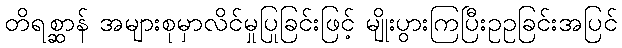
တိရစ္ဆာန် အများစုမှာလိင်မှုပြုခြင်းဖြင့် မျိုးပွားကြပြီးဥဥခြင်းအပြင်